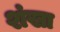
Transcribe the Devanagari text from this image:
शंखा